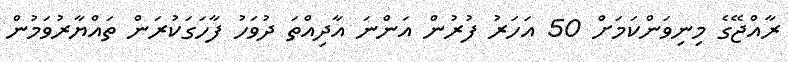
ރާއްޖޭގެ މިނިވަންކަމަށް 50 އަހަރު ފުރުން އަންނަ އާދިއްތަ ދުވަހު ފާހަގަކުރަން ތައްޔާރުވަމުން